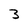
Character: 3